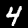
Digit: 4